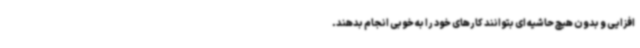
افزایی و بدون هیچ حاشیه ای بتوانند کارهای خود را به خوبی انجام بدهند.